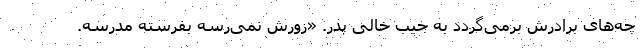
چه‌های برادرش بر‌می‌گردد به جیب خالی پدر. «زورش نمی‌رسه بفرسته مدرسه.